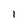
Character: 1